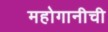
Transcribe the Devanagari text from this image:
महोगानीची